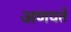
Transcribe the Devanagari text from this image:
अणयते